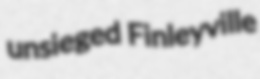
unsieged Finleyville